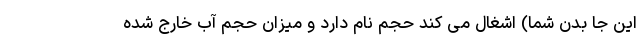
این جا بدن شما) اشغال می کند حجم نام دارد و میزان حجم آب خارج شده